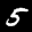
Label: 5